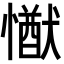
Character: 𢢕